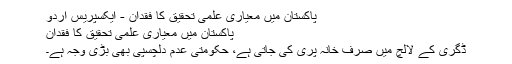
پاکستان میں معیاری علمی تحقیق کا فقدان - ایکسپریس اردو
پاکستان میں معیاری علمی تحقیق کا فقدان
ڈگری کے لالچ میں صرف خانہ پری کی جاتی ہے، حکومتی عدم دلچسپی بھی بڑی وجہ ہے۔